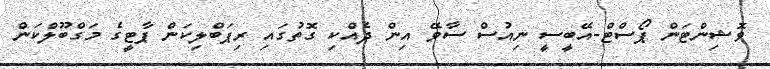
ވޮޝިންޓަން ޕޯސްޓް-އޭބީސީ ނިއުސް ސާވޭ އިން ދެއްކި ގޮތުގައި ރިޕަބްލިކަން ޕާޓީގެ މަގްބޫލްކަން